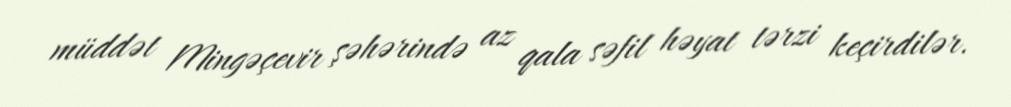
müddət Mingəçevir şəhərində az qala səfil həyat tərzi keçirdilər.